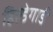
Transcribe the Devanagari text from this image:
हिल्डेगार्ड